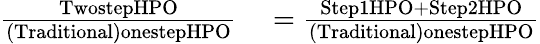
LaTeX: \begin{array}{rl}{\frac{\textup{TwostepHPO}}{\textup{(Traditional)onestepHPO}}}&{{}=\frac{\textup{Step1HPO+Step2HPO}}{\textup{(Traditional)onestepHPO}}}\end{array}